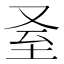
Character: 𦤵